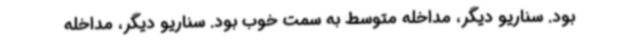
بود. سناریو دیگر، مداخله متوسط به سمت خوب بود. سناریو دیگر، مداخله